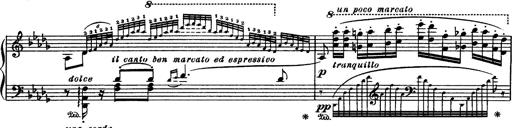
Title: Paraphrase de concert sur Rigoletto
Composer: Franz Liszt